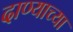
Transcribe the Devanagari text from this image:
दाण्याच्या